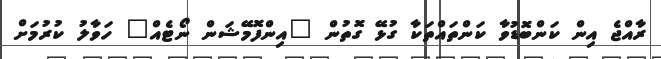
ރާއްޖެ އިން ކަންބޮޑުވާ ކަންތައްތަކާ ގުޅޭ ގޮތުން "އިންފޮމޭޝަން ނޯޓެއް" ހަވާލު ކުރުމަށް